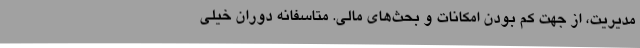
مدیریت، از جهت کم بودن امکانات و بحث‌های مالی. متاسفانه دوران خیلی